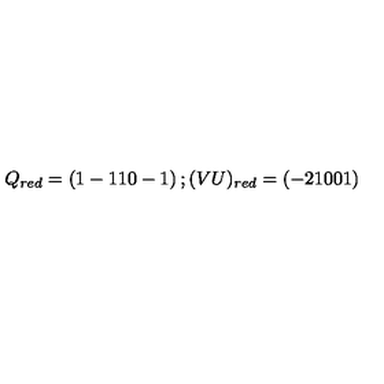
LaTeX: Q _ { r e d } = \left( 1 - 1 1 0 - 1 \right) ; ( V U ) _ { r e d } = \left( - 2 1 0 0 1 \right)